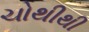
ચોથીથી